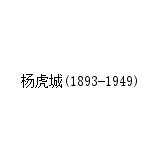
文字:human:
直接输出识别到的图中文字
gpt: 杨虎城(1893-1949)